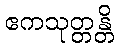
ဧကသုတ္တန္တိ